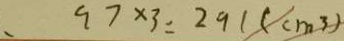
9 7 \times 3 = 2 9 1 ( c m ^ { 3 } )